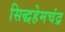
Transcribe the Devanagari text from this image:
सिद्धहेमचंद्र